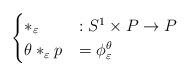
LaTeX: \begin{align*}\begin{cases}*_{\varepsilon} & : S^1 \times P \rightarrow P \\\theta *_{\varepsilon} p & = \phi_{\varepsilon}^{\theta}\end{cases}\end{align*}